Leaving Certificate Examination (including Day School Certificate (Higher) General paper), 1931
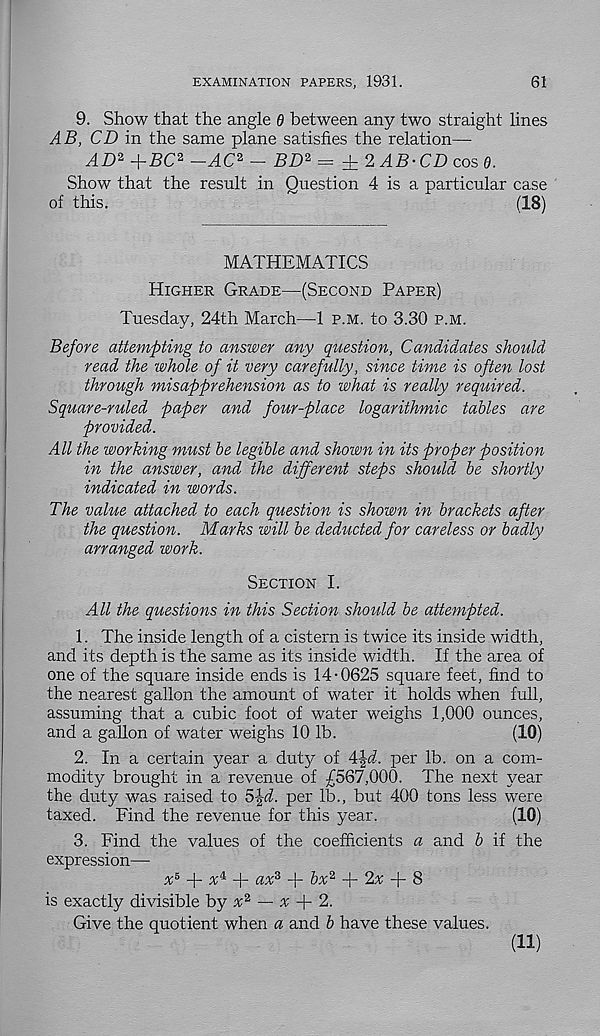
EXAMINATION PAPERS, 1931.
61
9. Show that the angle 0 between any two straight lines
AB, CD in the same plane satisfies the relation—
^D 2 +DC 2 -AC* - BD* — ± 2 AB-CD cos 0.
Show that the result in Question 4 is a particular case
of this.
(18)
MATHEMATICS
Higher Grade—(Second Paper)
Tuesday, 24th March—1 p.m. to 3.30 p.m.
Before attempting to answer any question, Candidates should
read the whole of it very carefully, since time is often lost
through misapprehension as to what is really required.
Square-ruled paper and four-place logarithmic tables are
provided.
All the working must be legible and shown in its proper position
in the answer, and the different steps should be shortly
indicated in words.
The value attached to each question is shown in brackets after
the question. Marks will be deducted for careless or badly
arranged work.
Section I.
All the questions in this Section should be attempted.
1. The inside length of a cistern is twice its inside width,
and its depth is the same as its inside width. If the area of
one of the square inside ends is 14-0625 square feet, find to
the nearest gallon the amount of water it holds when full,
assuming that a cubic foot of water weighs 1,000 ounces,
and a gallon of water weighs 10 lb.
(10)
2. In a certain year a duty of 4|d. per lb. on a com-
modity brought in a revenue of £567,000. The next year
the duty was raised to 5Jd. per lb., but 400 tons less were
taxed. Find the revenue for this year.
(10)
3. Find the values of the coefficients a and b if the
expression—
x B f-
-j- ax 3 + bx 2 + 2^ + 8
is exactly divisible by x 2 — ^ + 2.
Give the quotient when a and b have these values.
(11)